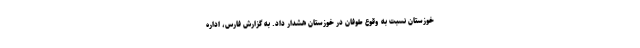
خوزستان نسبت به وقوع طوفان در خوزستان هشدار داد. به گزارش فارس، اداره